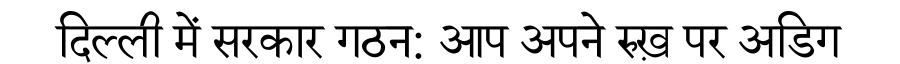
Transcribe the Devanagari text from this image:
दिल्ली में सरकार गठन: आप अपने रुख़ पर अडिग